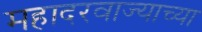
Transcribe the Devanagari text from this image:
महादरवाज्याच्या